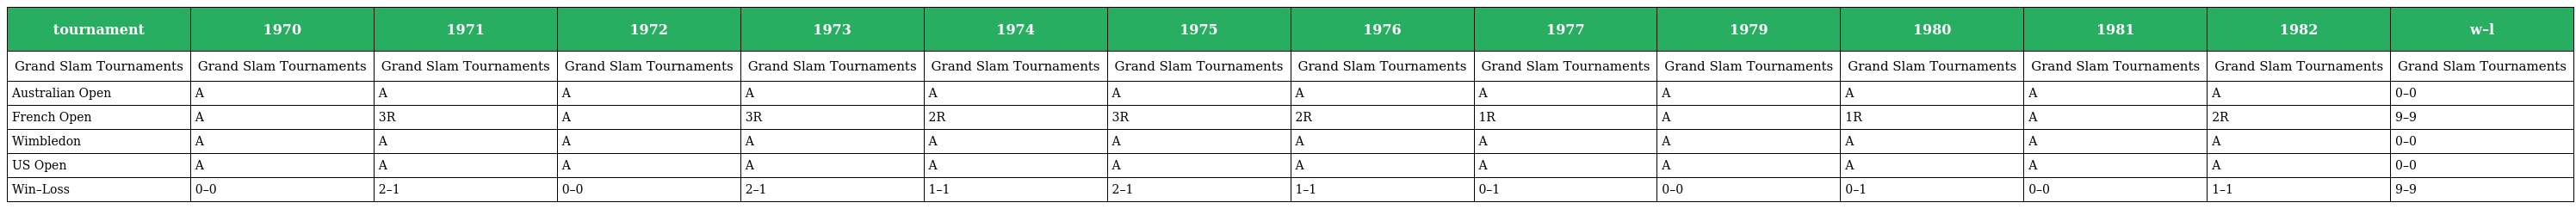
| tournament | 1970 | 1971 | 1972 | 1973 | 1974 | 1975 | 1976 | 1977 | 1979 | 1980 | 1981 | 1982 | w–l |
 | --- | --- | --- | --- | --- | --- | --- | --- | --- | --- | --- | --- | --- | --- |
 | Grand Slam Tournaments | Grand Slam Tournaments | Grand Slam Tournaments | Grand Slam Tournaments | Grand Slam Tournaments | Grand Slam Tournaments | Grand Slam Tournaments | Grand Slam Tournaments | Grand Slam Tournaments | Grand Slam Tournaments | Grand Slam Tournaments | Grand Slam Tournaments | Grand Slam Tournaments | Grand Slam Tournaments |
 | Australian Open | A | A | A | A | A | A | A | A | A | A | A | A | 0–0 |
 | French Open | A | 3R | A | 3R | 2R | 3R | 2R | 1R | A | 1R | A | 2R | 9–9 |
 | Wimbledon | A | A | A | A | A | A | A | A | A | A | A | A | 0–0 |
 | US Open | A | A | A | A | A | A | A | A | A | A | A | A | 0–0 |
 | Win–Loss | 0–0 | 2–1 | 0–0 | 2–1 | 1–1 | 2–1 | 1–1 | 0–1 | 0–0 | 0–1 | 0–0 | 1–1 | 9–9 |